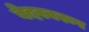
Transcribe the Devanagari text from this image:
वेदस्वरूप